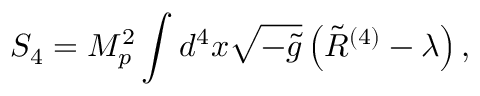
S _ { 4 } = M _ { p } ^ { 2 } \int d ^ { 4 } x \sqrt { - \tilde { g } } \left( \tilde { R } ^ { ( 4 ) } - \lambda \right) ,